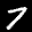
Label: 7